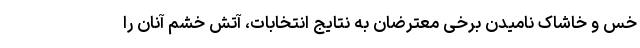
خس و خاشاک نامیدن برخی معترضان به نتایج انتخابات، آتش خشم آنان را